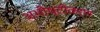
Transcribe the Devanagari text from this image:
अभीष्टीकरण